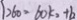
l 2 6 0 - 6 0 k _ { 2 } + b